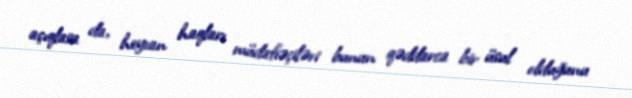
açıqlasa da, heyvan haqları müdafiəçiləri bunun qəddarca bir üsul olduğunu